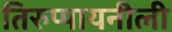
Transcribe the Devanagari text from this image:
तिरुप्पायनीली